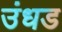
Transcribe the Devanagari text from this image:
उंधड